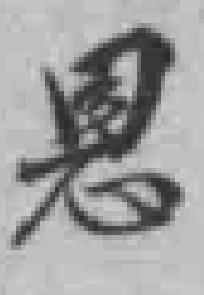
恩